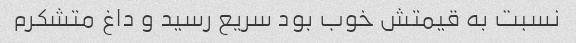
نسبت به قیمتش خوب بود سریع رسید و داغ متشکرم